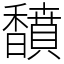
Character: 馩